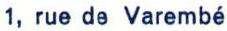
1, rue de Varembé